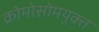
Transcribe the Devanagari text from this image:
क्रोमोसोमयुक्त